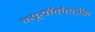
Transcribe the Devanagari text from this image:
न्यूयॉर्कस्टॉक